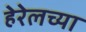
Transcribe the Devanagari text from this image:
हेरेलच्या